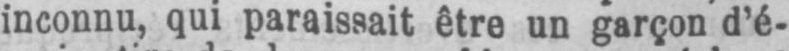
inconnu, qui paraissait être un garçon d’é-